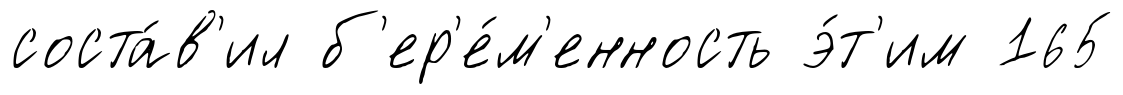
соста́в'ил б'ер'е́м'енность э́т'им 165